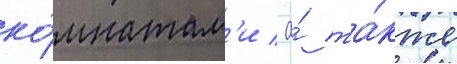
ко́мнатам'и / а́ та́кже